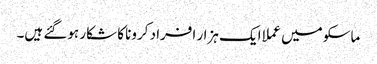
ماسکو میں عملا ایک ہزار افراد کرونا کا شکار ہوگئے ہیں۔